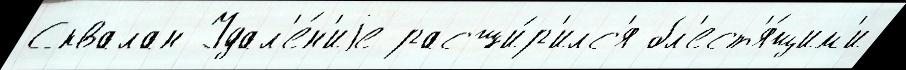
Сквалан Удал'е́н'иjе расши́р'илс'я бл'ест'я́щим'и